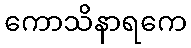
ကောသိနာရကေ